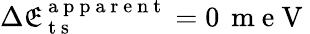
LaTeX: \Delta\mathfrak{E}_{\mathrm{{~t~s~}}}^{\mathrm{{~a~p~p~a~r~e~n~t~}}}=0\, \mathrm{{~m~e~V~}}